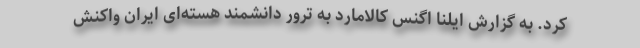
کرد. به گزارش ایلنا اگنس کالامارد به ترور دانشمند هسته‌ای ایران واکنش